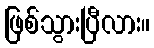
ဖြစ်သွားပြီလား။